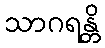
သာဂရန္တိ